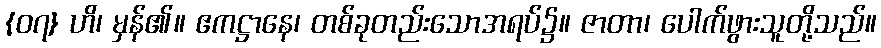
{၀၇} ဟိ၊ မှန်၏။ ဧကဋ္ဌာနေ၊ တစ်ခုတည်းသောအရပ်၌။ ဇာတာ၊ ပေါက်ဖွားသူတို့သည်။